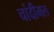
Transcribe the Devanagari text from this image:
चांदीमल